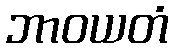
ဘာဝယတံ